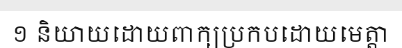
១ និយាយដោយពាក្យប្រកបដោយមេត្តា